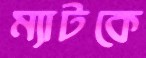
ম্যাটকে